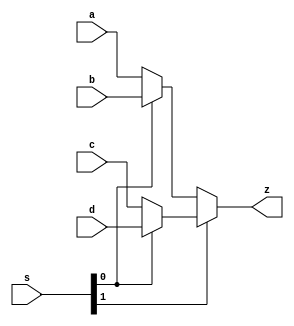
`timescale 1ns / 1ps
//////////////////////////////////////////////////////////////////////////////////
// Company: 
// Engineer: 
// 
// Design Name: 
// Module Name: MUX1
// Project Name: 
// Target Devices: 
// Tool Versions: 
// Description: 
// 
// Dependencies: 
// 
// Revision:
// Revision 0.01 - File Created
// Additional Comments:
// 
//////////////////////////////////////////////////////////////////////////////////


module MUX4_1(
    input [31:0] a,
    input [31:0] b,
    input [31:0] c,
    input [31:0] d,
    input [1:0] s,
    output [31:0] z
    );
    assign z=s[1]?(s[0]?d:c):(s[0]?b:a);          
endmodule